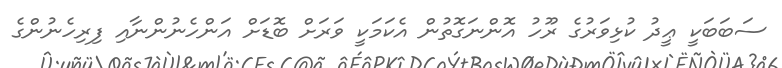
ސަބަބަކީ ޢީދު ކުޅިވަރުގެ ރޫހު އޮންނަގޮތުން އެކަމަކީ ވަރަށް ބޮޑަށް އަންހެނުންނާއި ފިރިހެނުންގެ